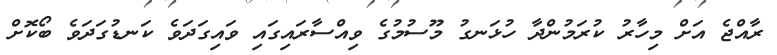
ރާއްޖެ އަށް މިހާރު ކުރަމުންދާ ހުޅަނގު މޫސުމުގެ ވިއްސާރައިގައި ވައިގަދަވެ ކަނޑުގަދަވެ ބޯކޮށް